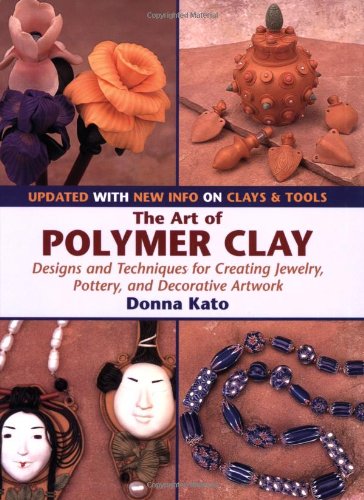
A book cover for The Art of Polymer Clay: Designs and Techniques for Creating Jewelry, Pottery, and Decorative Artwork (Updated Edition); Donna Kato; Crafts, Hobbies & Home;